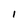
Character: l